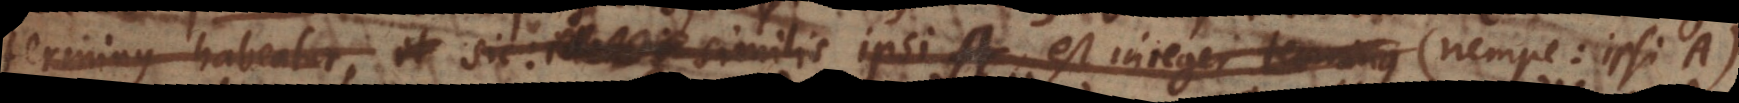
terminus habeatur, et sic: idem i similis ipsi A est integer terminus (nempe: